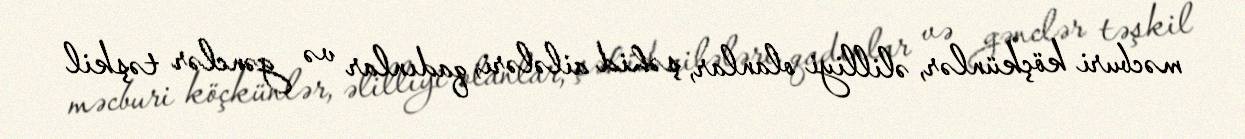
məcburi köçkünlər, əlilliyi olanlar, şəhid ailələri, qadınlar və gənclər təşkil